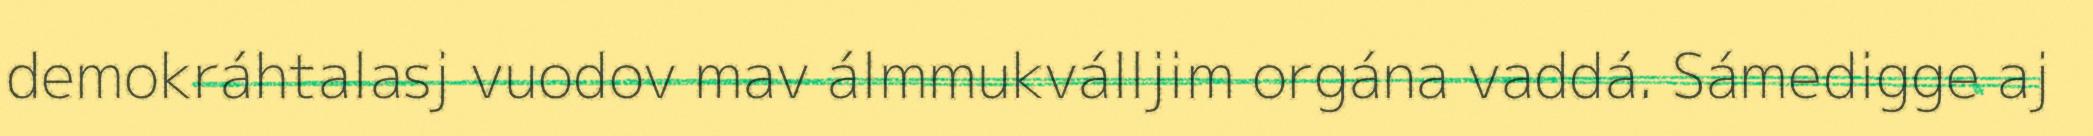
demokráhtalasj vuodov mav álmmukválljim orgána vaddá. Sámedigge aj